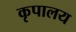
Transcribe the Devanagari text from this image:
कृपालय